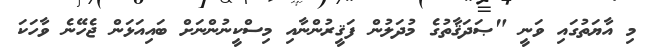
މި އާޔަތުގައި ވަނީ "ޞަދަޤާތުގެ މުދަލުން ފަޤީރުންނާއި މިސްކީނުންނަށް ބައިއަޅަން ޖެހޭނެ ވާހަކަ